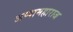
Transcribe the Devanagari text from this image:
अप्पामहाराज